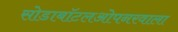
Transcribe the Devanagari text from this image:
सोडाबॉटलओपनरवाला